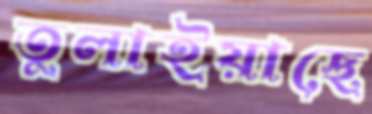
তুলাইয়াছে